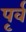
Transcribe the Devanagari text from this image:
पृर्व